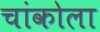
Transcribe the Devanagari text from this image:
चांकोला